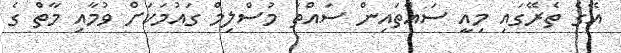
އޭގެ ތެރޭގައި މިއީ ސައްތައިން ސައްތަ މުސްލިމް ގައުމަކަށް ވުމާއި މާތް ގެ